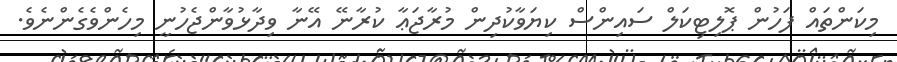
މިކަންތައް ފަހުން ޕޮލިޓިކަލް ސައިންސް ކިޔަވާކުދިން މުރާޖަޢާ ކުރާނޭ އޭނާ ވިދާޅުވާންޖެހުނީ މިހެންވެގެންނެވެ.